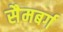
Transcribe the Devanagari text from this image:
सैमबर्ग